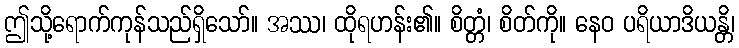
ဤသို့ရောက်ကုန်သည်ရှိသော်။ အဿ၊ ထိုရဟန်း၏။ စိတ္တံ၊ စိတ်ကို။ နေဝ ပရိယာဒိယန္တိ၊